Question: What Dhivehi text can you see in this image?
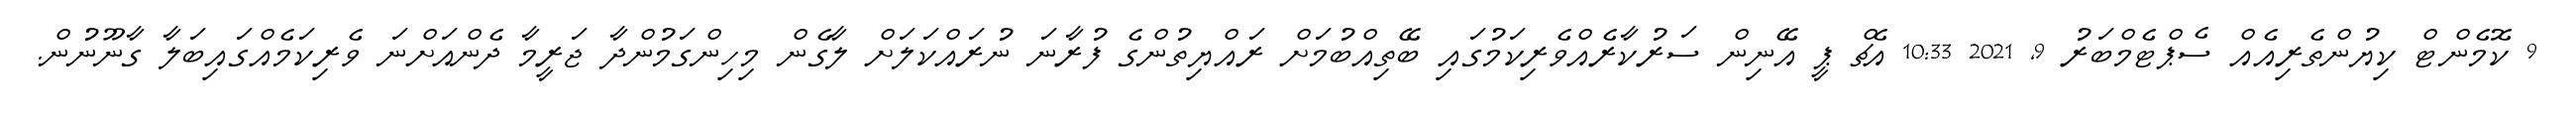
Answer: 9 ކޮމެންޓް ކިޔުންތެރިއެއް ސެޕްޓެމްބަރު 9, 2021 10:33 އެޗް ޕީ އޭނިން ސަރުކާރެއްވެރިކަމުގައި ބޭތިއްބުމަށް ރައްޔިތުންގެ ފުރާނަ ނުރައްކަލަށް ލާގެން މިހިންގަމުންދާ ޖަރީމާ ދެންއަށްނަ ވެރިކަމެއްގައިބަލާ ގާނޫނުން.